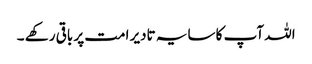
اللہ آپ کا سایہ تادیر امت پر باقی رکھے ۔